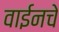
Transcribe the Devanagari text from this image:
वाईनचे